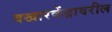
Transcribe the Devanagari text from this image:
वखारकेंद्रावरील